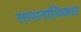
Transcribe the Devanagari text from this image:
साशनाधिकार